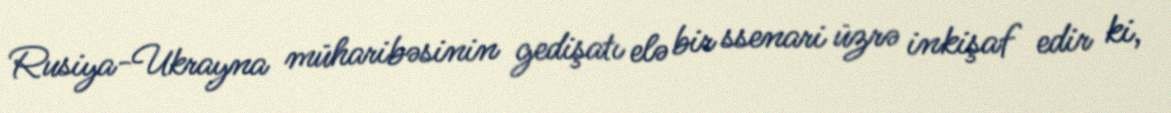
Rusiya-Ukrayna müharibəsinin gedişatı elə bir ssenari üzrə inkişaf edir ki,